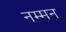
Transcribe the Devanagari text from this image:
नम्मन